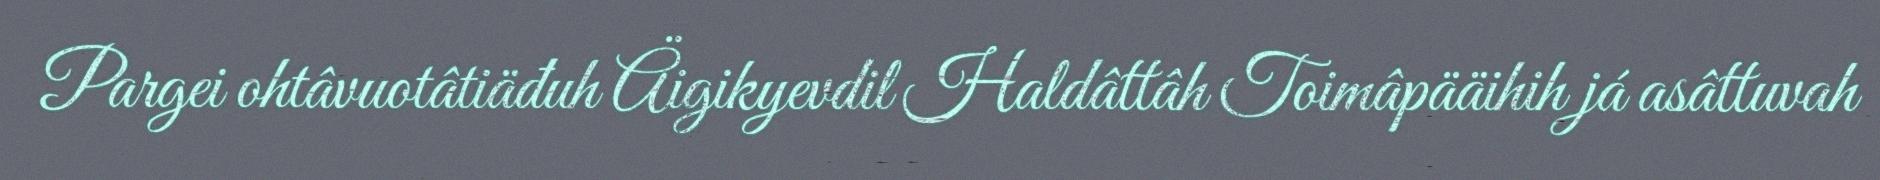
Pargei ohtâvuotâtiäđuh Äigikyevdil Haldâttâh Toimâpääihih já asâttuvah